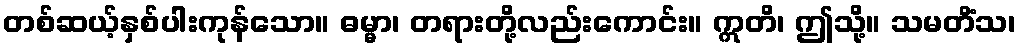
တစ်ဆယ့်နှစ်ပါးကုန်သော။ ဓမ္မာ၊ တရားတို့လည်းကောင်း။ ဣတိ၊ ဤသို့။ သမတိံသ၊